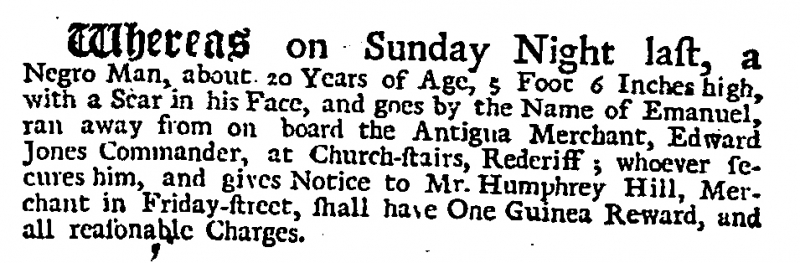
Daily Journal, 3 February 1728 (England)
Whereas on Sunday Night last, a Negro Man, about 20 Years of Age, 5 Foot 6 Inches high, with a Scar in his Face, and goes by the Name of Emanuel, ran away from on board the Antigua Merchant, Edward Jones Commander, at Church-stairs, Redcriff; whoever secures him, and gives Notice to Mr. Humphrey Hill, Merchant in Friday-street, shall have One Guinea Reward, and all reasonable Charges.